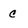
Character: c